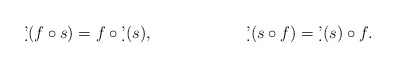
\begin{align*}\allowdisplaybreaks\d'(f \circ s)&=f\circ \d'(s), && \d'( s \circ f)=\d'(s) \circ f.\end{align*}